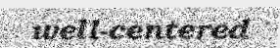
well-centered